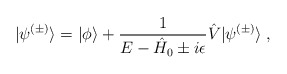
\begin{align*}|\psi^{(\pm)}\rangle=|\phi\rangle+ \frac{1}{E-\hat H_0\pm i\epsilon} \hat V|\psi^{(\pm)}\rangle\;, \end{align*}